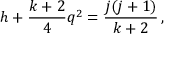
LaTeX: h + \frac { k + 2 } { 4 } q ^ { 2 } = \frac { j ( j + 1 ) } { k + 2 } \, ,